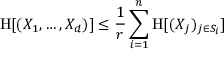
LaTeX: \mathrm { H } [ ( X _ { 1 } , \ldots , X _ { d } ) ] \leq { \frac { 1 } { r } } \sum _ { i = 1 } ^ { n } \mathrm { H } [ ( X _ { j } ) _ { j \in S _ { i } } ]